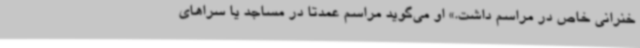
خنرانی خاص در مراسم داشت.» او می‌گوید مراسم عمدتا در مساجد یا سراهای